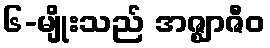
၆-မျိုးသည် အဇ္ဈာဇီဝ